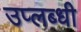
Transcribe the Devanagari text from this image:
उप्लब्धी